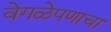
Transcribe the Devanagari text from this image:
वेगळेपणाचा